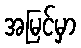
အမြင်မှာ